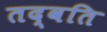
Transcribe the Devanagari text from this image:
तद्वति